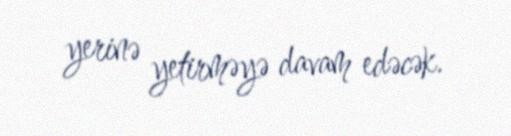
yerinə yetirməyə davam edəcək.